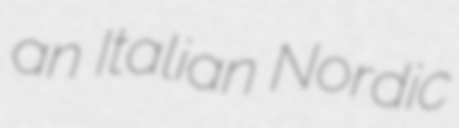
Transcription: an Italian Nordic